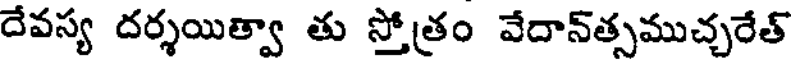
దేవస్య దర్శయిత్వా తు స్తోత్రం వేదాన్త్సముచ్చరేత్